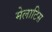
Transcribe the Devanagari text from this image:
मेलाटिस